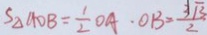
S _ { \Delta A D B } = \frac { 1 } { 2 } O A \cdot O B = \frac { 3 \sqrt { 3 } } { 2 }